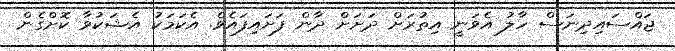
ޖައްސައިދިނަސް ހާލު އެވަނީ އިތުރަށް ދަށަށް ދާން ފަށައިފައެވެ. އެކަމަކު އެޝަކުވާ ކޮށްގެން